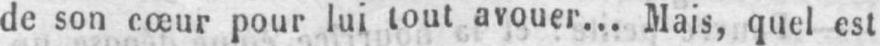
de son cœur pour lui tout avouer... Mais, quel est